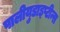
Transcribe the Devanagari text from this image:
पालीयुडाइप्टीन्स